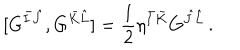
LaTeX: [ G ^ { \bar { I } \hat { J } } , G ^ { \bar { K } \hat { L } } ] = { \frac { 1 } { 2 } } \eta ^ { \bar { I } \bar { K } } G ^ { \hat { J } \hat { L } } \, .